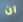
ان